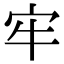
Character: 牢